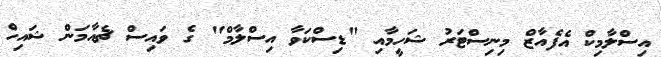
އިސްލާމިކް އެފެއާޒް މިނިސްޓަރު ޝަހީމާއި "ޑިސްކަވާ އިސްލާމް" ގެ ވައިސް ޗެއާމަން ޝައިހް